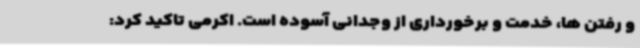
و رفتن ها، خدمت و برخورداری از وجدانی آسوده است. اکرمی تاکید کرد: